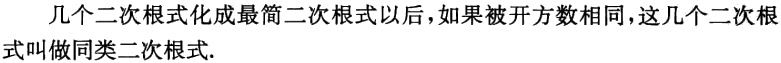
几个二次根式化成最简二次根式以后，如果被开方数相同，这几个二次根式叫做同类二次根式.